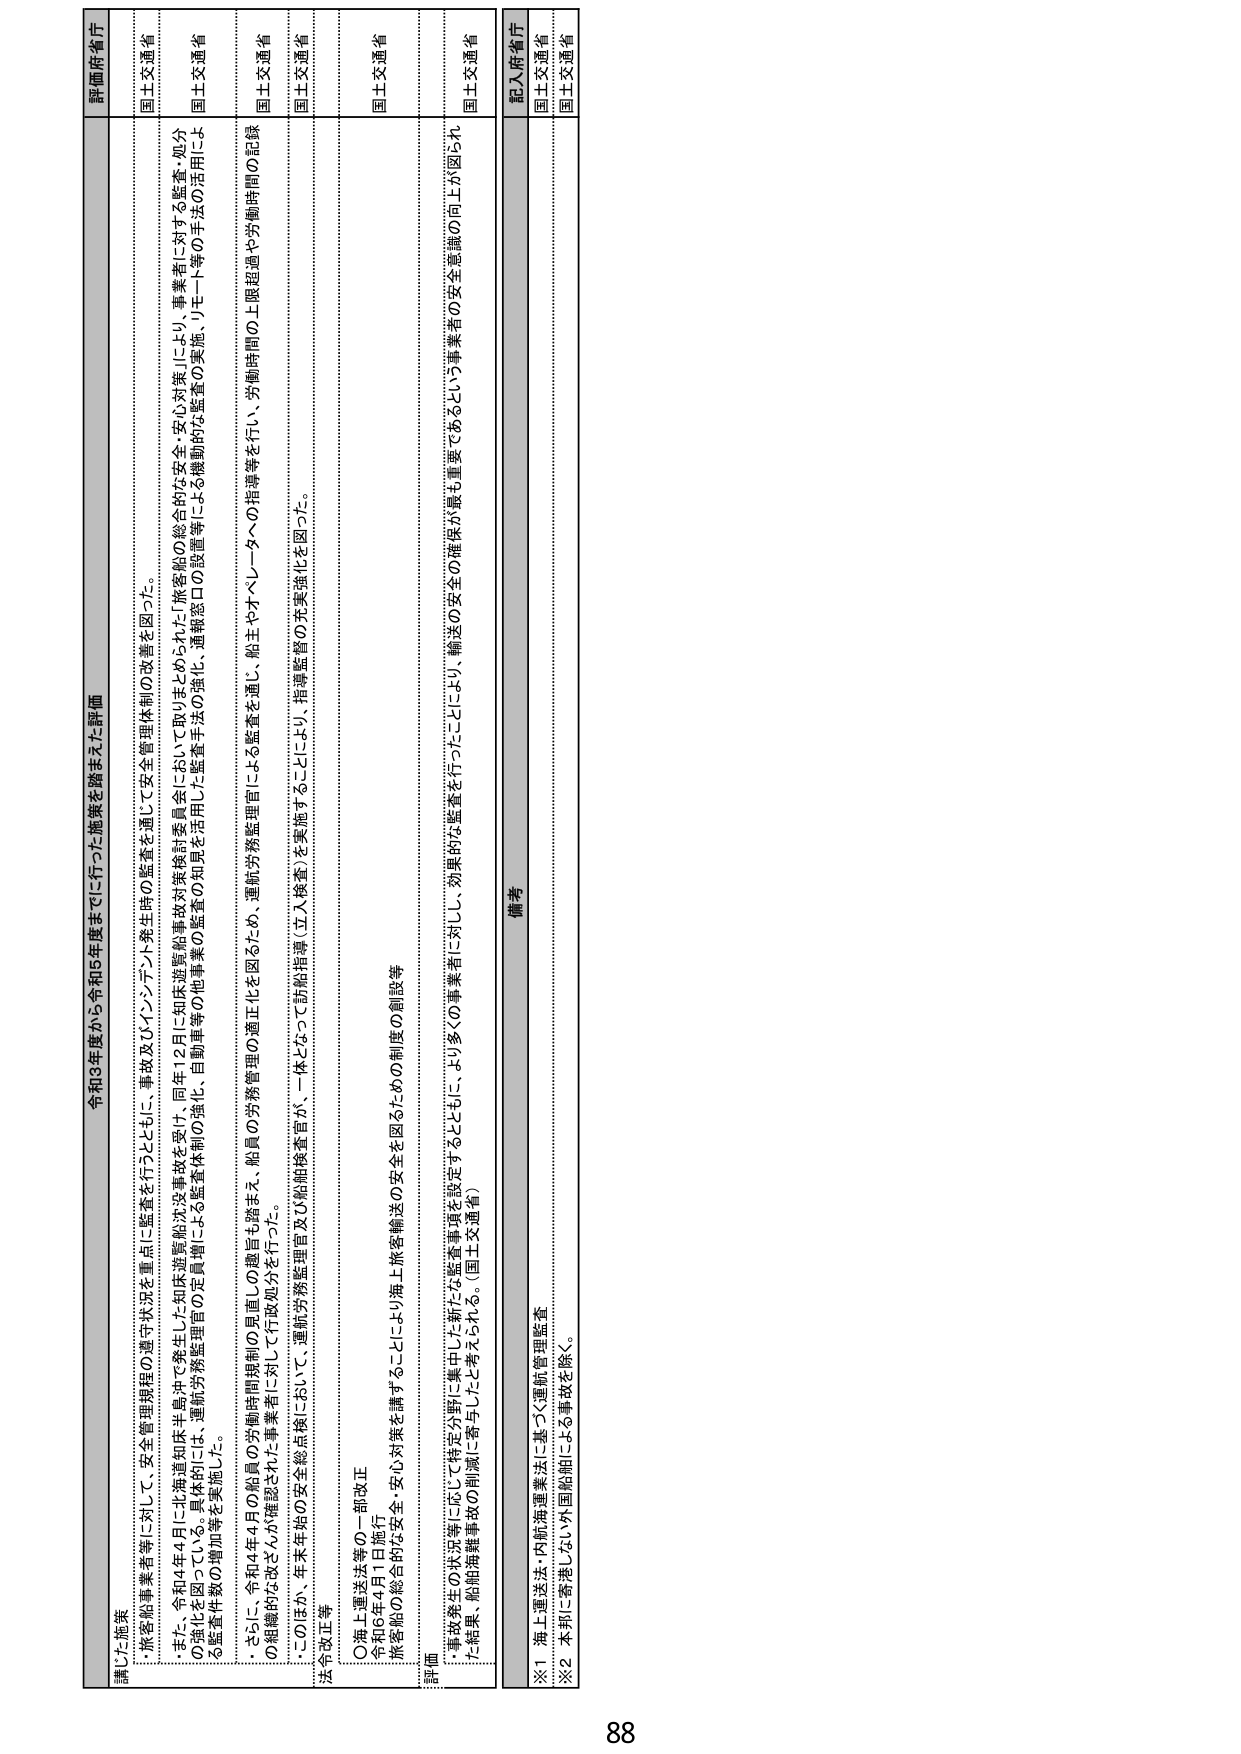
令和3年度から令和5年度までに行った施策を踏まえた評価

講じた施策
・旅客船事業者等に対して、安全管理規程の遵守状況を重点に監査を行うとともに、事故及びインシデント発生時の監査を通じて安全管理体制の改善を図った。
・また、令和4年4月に北海道知床半島沖で発生した知床遊覧船沈没事故を受け、同年12月に知床遊覧船事故対策検討委員会において取りまとめられた「旅客船の総合的な安全・安心対策」により、事業者に対する監査・処分の強化を図っている。具体的には、運航労務監理官による監査体制の強化、自動車等の定員管理による監査の強化、自動車等の他事業の監査の知見を活用した監査手法の実施、リモート等の手法の活用による監査件数の増加等を実施した。
・さらに、令和4年4月の船員の労働時間規制の見直しの趣旨も踏まえ、船員の労務管理の適正化を図るため、運航労務監理官による監査を通じ、船主やオペレーターへの指導等を行い、労働時間の上限超過や労働時間の記録の組織的は改ざんが確認された事業者に対して行政処分を行った。
・このほか、年末年始の安全重点点検において、運航労務監理官及び船舶検査官が、一体となって訪船指導（立入検査）を実施することにより、指導監督の充実強化を図った。

法令改正等
〇海上運送法等の一部改正
令和6年4月1日施行
旅客船の総合的な安全・安心対策を講ずることにより海上旅客輸送の安全を図るための制度の創設等

評価
・事故発生の状況等に応じて特定分野に集中した新たな監査事項を設定するとともに、より多くの事業者に対し、効果的な監査を行ったことにより、輸送の安全の確保が最も重要であるという事業者の安全意識の向上が図られた。
・結果、船舶海難事故の削減に寄与したと考えられる。（国土交通省）

評価府省庁
国土交通省
国土交通省
国土交通省
国土交通省
国土交通省
国土交通省

備考
記入府省庁
国土交通省
国土交通省

※1 海上運送法、内航海運業法に基づく運航管理監査
※2 本邦に寄港しない外国船舶による事故を除く。

88